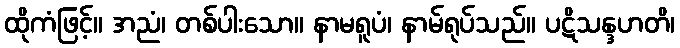
ထိုကံဖြင့်။ အညံ၊ တစ်ပါးသော။ နာမရူပံ၊ နာမ်ရုပ်သည်။ ပဋိသန္ဒဟတိ၊